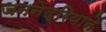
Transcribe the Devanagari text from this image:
जननेंद्रियाने